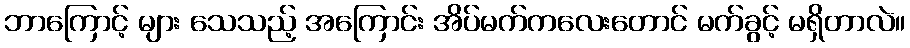
ဘာကြောင့် များ သေသည့် အကြောင်း အိပ်မက်ကလေးတောင် မက်ခွင့် မရှိတာလဲ။